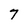
Character: 7